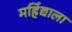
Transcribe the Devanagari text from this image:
महिंद्याला